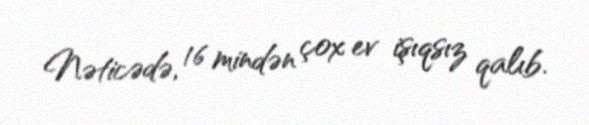
Nəticədə, 16 mindən çox ev işıqsız qalıb.